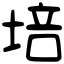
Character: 培